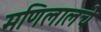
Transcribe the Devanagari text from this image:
मणिलालचे